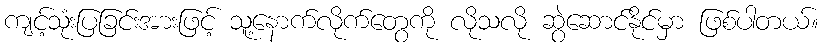
ကျင့်သုံးပြခြင်းအားဖြင့် သူ့နောက်လိုက်တွေကို လိုသလို ဆွဲဆောင်နိုင်မှာ ဖြစ်ပါတယ်။